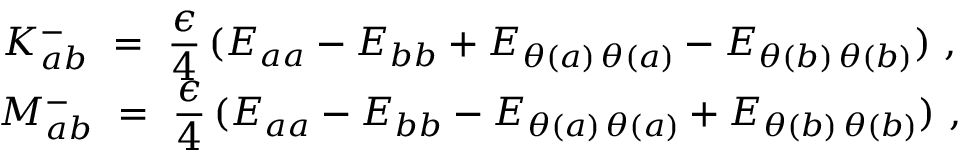
\begin{array} { c } { { { \displaystyle K _ { a b } ^ { - } ~ = ~ \frac { \epsilon } { 4 } \, ( E _ { a a } - E _ { b b } + E _ { \theta ( a ) \, \theta ( a ) } - E _ { \theta ( b ) \, \theta ( b ) } ) ~ , } } } \\ { { { \displaystyle M _ { a b } ^ { - } ~ = ~ \frac { \epsilon } { 4 } \, ( E _ { a a } - E _ { b b } - E _ { \theta ( a ) \, \theta ( a ) } + E _ { \theta ( b ) \, \theta ( b ) } ) ~ , } } } \end{array}